King Institute of Preventive Medicine Bacteriolog. Section reports 1907-08
Year: 1907
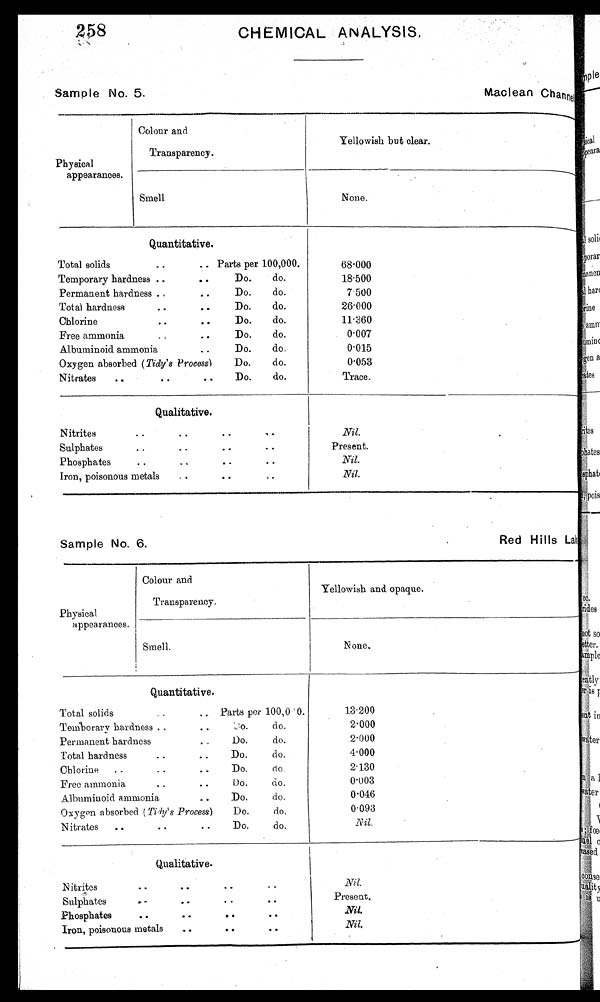
Sam p le No. 5.
Maclean
C h a n n e l
Sam p le No. 6
Red Hills Lai
258
CHEMICAL. ANALYSIS,
Physical
appearances.
Colour and
Transparency.
Yellowish but clear•
Smell
None.
Total solid
Temporary hardness
Permanent hardness
Total hardness
Chlorine
Free ammonia
Albuminoid ammoni
Oxygen absorbed
Nitrates
..
Quantitative.
..
.. Parts per 100,000.
..
• •
Do.
do.
•
do.
• •
• •
•
Do•
do•
..
• •
Do.
do•
• •
Do•
do•
..
do.
(Tidy's Process)
Do•
do.
• •
• •
Do•
do.
68.000
18•500
7 . 5 0 0
26•000
11.360
0.007
0.015
0.053
Trace.
Nitrites
Sulphate
Phosphates
Iron, poisonous
Qualitative.
• •
• •
• •
, •
• •
. •
• •
- .
• •
..
. .
metals
..
• •
Nil•
.
Present•
Nil.
Nil•
Physical.
appearances.
Colour and
Transparency.
Yellowish and opaque•
N one.
I
Smell•
Quantitative.
Total solids
. „ Parts per 100,0 '0.
Temporary hardness ..
• do•
do•
Permanent hardness
Do.
do•
Total hardness
•.
..
Do•
do.
Chlorine
•.
• .
• •
Do•
do.
Free ammonia,
..
• •
Do.
do•
Albuminoid ammonia
..
Do•
do.
Oxygen absorbed ( Tidy's Process)
Do•
do.
Nitrates
• .
• .
..
Do.
do•
1 3 . 2 0 0 2.000
2.000
4•000
2.130
0.003
0.046
0.093
N i l .
Qualitative.
Nitrites
..
• .
• .
•.
Sulphates
• .
..
• •
Phosphates
• •
• 0
• 0
• •
Iron, poisonous metals
..
..
• •
Nil.
Present.
Nil.
Nil.